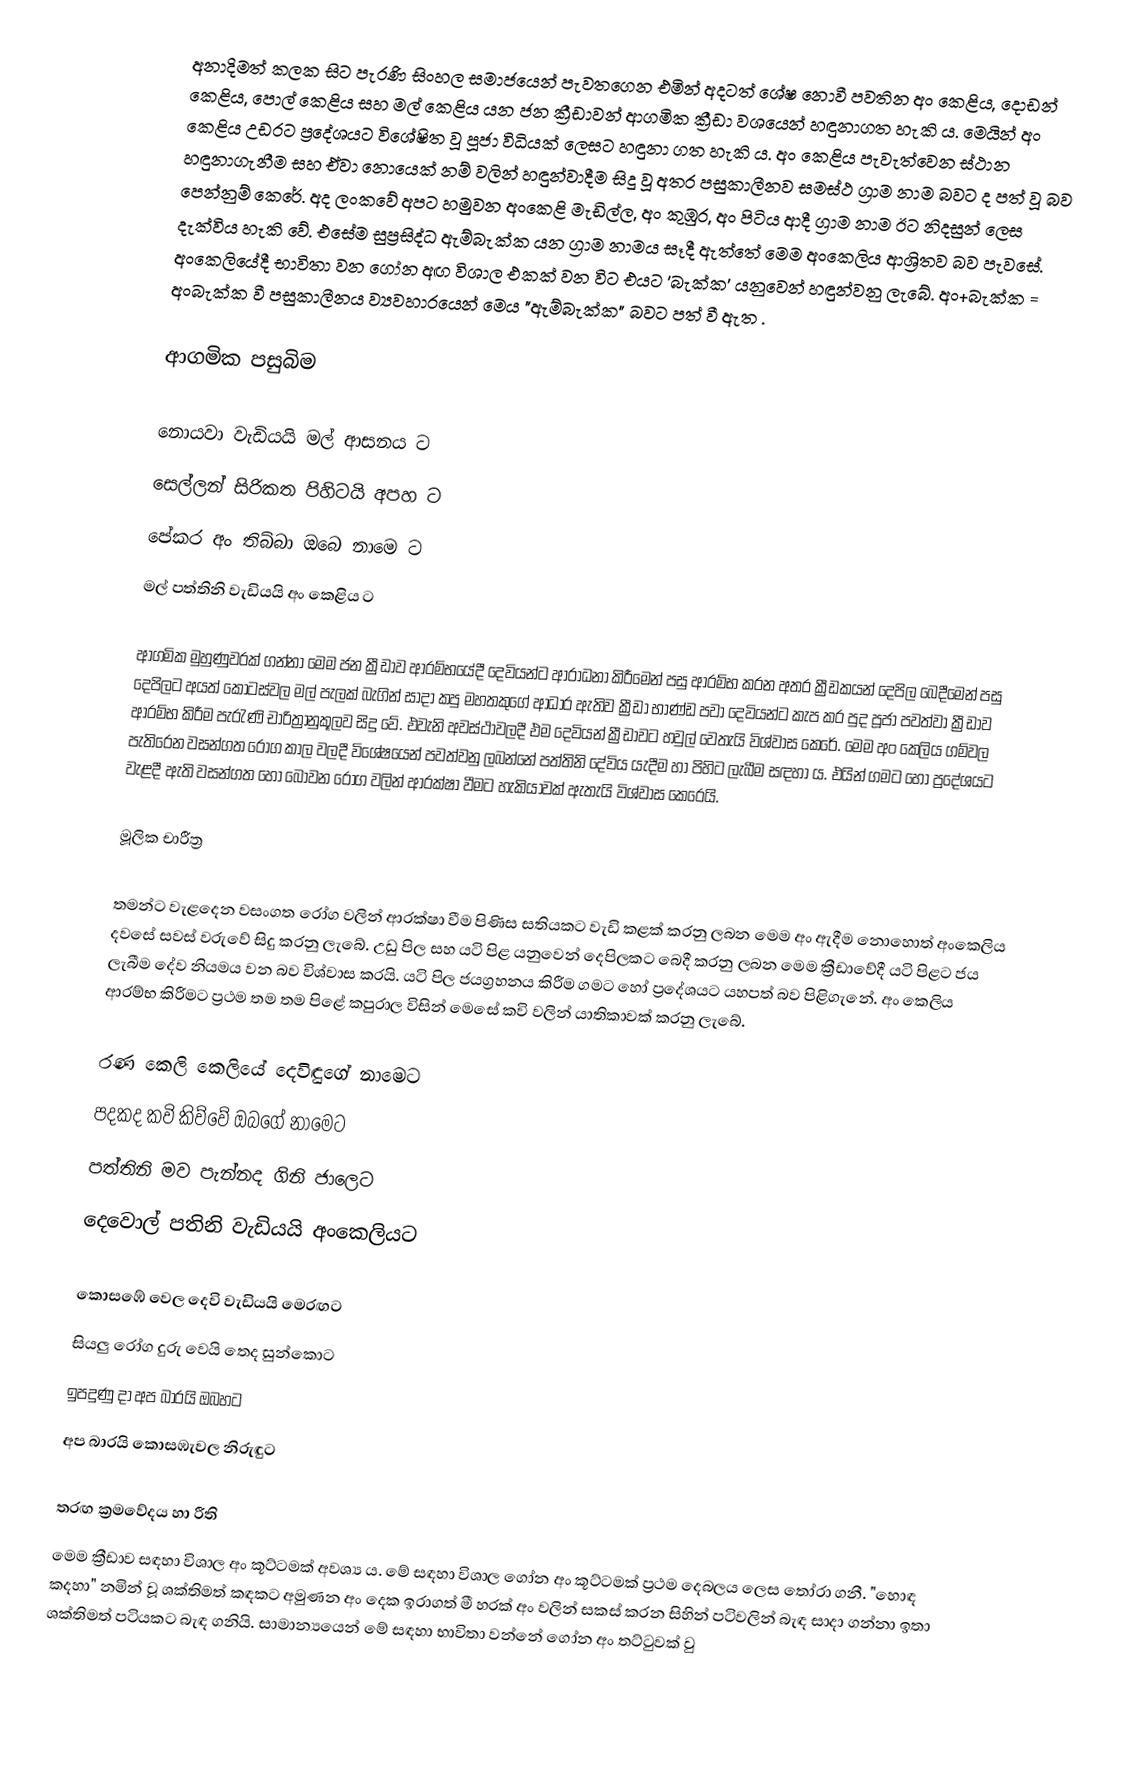
අනාදිමත් කලක සිට පැරණි සිංහල සමාජයෙන් පැවතගෙන එමින් අදටත් ශේෂ නොවී පවතින අං කෙළිය, දොඩන් කෙළිය, පොල් කෙළිය සහ මල් කෙළිය යන ජන ක්‍රීඩාවන් ආගමික ක්‍රීඩා වශයෙන් හඳුනාගත හැකි ය. මෙයින් අං කෙළිය උඩරට ප්‍රදේශයට විශේෂිත වූ පූජා විධියක්‌ ලෙසට හඳුනා ගත හැකි ය. අං කෙළිය පැවැත්වෙන ස්‌ථාන හඳුනාගැනීම සහ ඒවා නොයෙක්‌ නම් වලින් හඳුන්වාදීම සිදූ වූ අතර පසුකාලීනව සමස්‌ථ ග්‍රාම නාම බවට ද පත් වූ බව පෙන්නුම් කෙරේ. අද ලංකවේ අපට හමුවන අංකෙළි මැඩිල්ල, අං කුඹුර, අං පිටිය ආදී ග්‍රාම නාම ඊට නිදසුන් ලෙස දැක්‌විය හැකි වේ. එසේම සුප්‍රසිද්ධ ඇම්බැක්ක යන ග්‍රාම නාමය සෑදී ඇත්තේ මෙම අංකෙලිය ආශ්‍රිතව බව පැවසේ. අංකෙලියේදී භාවිතා වන ගෝන අඟ විශාල එකක් වන විට එයට 'බැක්ක' යනුවෙන් හඳුන්වනු ලැබේ. අං+බැක්ක = අංබැක්ක වී පසුකාලීනය ව්‍යවහාරයෙන් මෙය "ඇම්බැක්ක" බවට පත් වී ඇත .

ආගමික පසුබිම

නොයවා වැඩියයි මල් ආසනය ට
සෙල්ලන් සිරිකත පිහිටයි අපහ ට
පේකර අං තිබ්බා ඔබෙ නාමෙ ට
මල් පත්තිනි වැඩියයි අං කෙළිය ට

ආගමික මුහුණුවරක් ගන්නා මෙම ජන ක්‍රීඩාව ආරම්භයේදී දෙවියන්ට ආරාධනා කිරීමෙන් පසු ආරම්භ කරන අතර ක්‍රීඩකයන් දෙපිල බෙදීමෙන් පසු දෙපිලට අයත් කොටස්‌වල මල් පැලක්‌ බැගින් සාදා කපු මහතකුගේ ආධාර ඇතිව ක්‍රීඩා භාණ්‌ඩ පවා දෙවියන්ට කැප කර පුද පූජා පවත්වා ක්‍රීඩාව ආරම්භ කිරීම පැරැණි චාරිත්‍රානුකූලව සිදු වේ. එවැනි අවස්‌ථාවලදී එම දෙවියන් ක්‍රීඩාවට හවුල් වෙතැයි විශ්වාස කෙරේ. මෙම අං කෙලිය ගම්වල පැතිරෙන වසන්ගත රෝග කාල වලදී විශේෂයෙන් පවත්වනු ලබන්නේ පත්තිනි දේවිය යැදීම හා පිහිට ලැබීම සඳහා ය. එයින් ගමට හෝ ප්‍රදේශයට වැළදී ඇති වසන්ගත හෝ බෝවන රෝග වලින් ආරක්ෂා වීමට හැකියාවක් ඇතැයි විශ්වාස කෙරෙයි.

මූලික චාරීත්‍ර

තමන්ට වැළදෙන වසංගත රෝග වලින් ආරක්ෂා වීම පිණිස සතියකට වැඩි කළක් කරනු ලබන මෙම අං ඇදීම නොහොත් අංකෙලිය දවසේ සවස් වරුවේ සිදු කරනු ලැබේ. උඩු පිල සහ යටි පිළ යනුවෙන් දෙපිලකට බෙදී කරනු ලබන මෙම ක්‍රීඩාවේදී යටි පිළට ජය ලැබීම දේව නියමය වන බව විශ්වාස කරයි. යටි පිල ජයග්‍රහනය කිරීම ගමට හෝ ප්‍රදේශයට යහපත් බව පිළිගැනේ. අං කෙලිය ආරම්භ කිරීමට ප්‍රථම තම තම පිළේ කපුරාල විසින් මෙසේ කවි වලින් යාතිකාවක් කරනු ලැබේ.

රණ කෙලි කෙලියේ දෙවිඳුගේ නාමෙට
පදකද කවි කිව්වේ ඔබගේ නාමෙට
පත්තිනි මව පැන්නද ගිනි ජාලෙට
දෙවොල් පතිනි වැඩියයි අංකෙලියට

කොසඹේ වෙල දෙවි වැඩියයි මෙරඟට
සියලු රෝග දුරු වෙයි තෙද සුන්කොට
ඉපදුණු දා අප බාරයි ඔබහට
අප බාරයි කොසඹැවල නිරුඳුට

තරඟ ක්‍රමවේදය හා රීති
මෙම ක්‍රීඩාව සඳහා විශාල අං කූට්ටමක් අවශ්‍ය ය. මේ සඳහා විශාල ගෝන අං කූට්ටමක් ප්‍රථම දෙබලය ලෙස තෝරා ගනී. "හොඳ කදහා" නමින් වූ ශක්තිමත් කඳකට අමුණන අං දෙක ඉරාගත් මී හරක් අං වලින් සකස් කරන සිහින් පටිවලින්  බැඳ සාදා ගන්නා ඉතා ශක්තිමත් පටියකට බැඳ ගනියි. සාමාන්‍යයෙන් මේ සඳහා භාවිතා වන්නේ ගෝන අං තට්ටුවක් වු